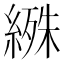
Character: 𬗰